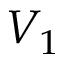
V _ { 1 }